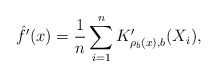
\begin{align*}\hat{f}'(x) = \frac{1}{n}\sum_{i=1}^{n}K'_{\rho_b(x),b}(X_i),\end{align*}